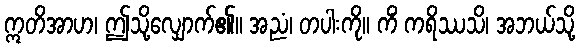
ဣတိအာဟ၊ ဤသို့လျှောက်၏။ အညံ၊ တပါးကို။ ကိံ ကရိဿသိ၊ အဘယ်သို့